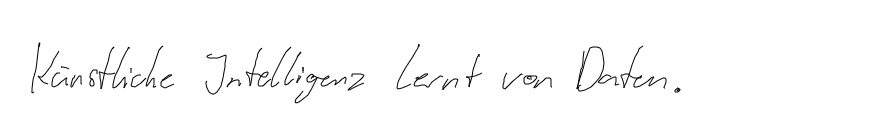
Künstliche Intelligenz lernt von Daten.